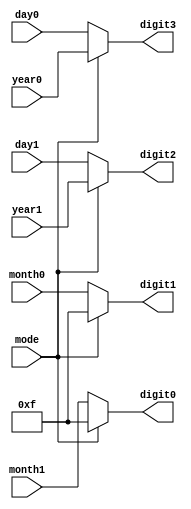
`timescale 1ns / 1ps
//////////////////////////////////////////////////////////////////////////////////
// Company: 
// Engineer: 
// 
// Design Name: 
// Module Name: MUX
// Project Name: 
// Target Devices: 
// Tool Versions: 
// Description: 
// 
// Dependencies: 
// 
// Revision:
// Revision 0.01 - File Created
// Additional Comments:
// 
//////////////////////////////////////////////////////////////////////////////////


module MUX(
    mode,
    digit0,
    digit1,
    digit2,
    digit3,
    day0,
    day1,
    month0,
    month1,
    year0,
    year1
);
output [3:0] digit0, digit1, digit2, digit3;
input mode;
input [3:0] day0, day1;
input [3:0] month0, month1;
input [3:0] year0, year1;
reg [3:0] digit0, digit1, digit2, digit3;

always @*
    if (~mode)  //month and day 
    begin
        digit0 = month1;
        digit1 = month0;
        digit2 = day1;
        digit3 = day0;
    end
    else        //year
    begin
        digit0 = 4'b1111;
        digit1 = 4'b1111;
        digit2 = year1;
        digit3 = year0;
    end

endmodule